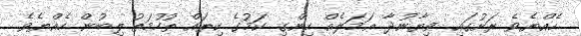
ހެއްޔެވެ ރަށުގައި ވިޔާނުދާ ޢަމަލެއް ހިންގި ކަމުގެ ކިތައް ތުހުމަތު ލިބުން ހެއްޔެވެ